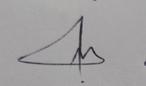
Signature authenticity: genuine